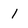
Character: 1